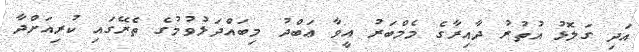
އަދި ގަލޮޅު އުތުރު ދާއިރާގެ މެމްބަރު އީވާ ޢަބްދު މިބައްދަލުވުމުގެ ތެރޭގައި ކުރިއަށްދާ